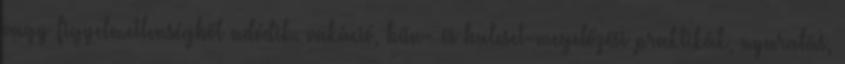
vagy figyelmetlenségből adódik. vakáció, bűn- és baleset-megelőzési praktikák, nyaralás,